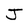
Character: J